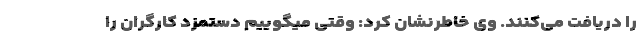
را دریافت می‌کنند. وی خاطرنشان کرد: وقتی میگوییم دستمزد کارگران را